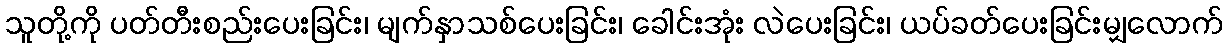
သူတို့ကို ပတ်တီးစည်းပေးခြင်း၊ မျက်နှာသစ်ပေးခြင်း၊ ခေါင်းအုံး လဲပေးခြင်း၊ ယပ်ခတ်ပေးခြင်းမျှလောက်